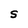
Character: S